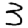
Digit: 3